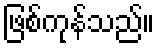
ဖြစ်ကုန်သည်။